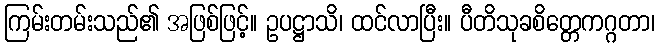
ကြမ်းတမ်းသည်၏ အဖြစ်ဖြင့်။ ဥပဋ္ဌာသိ၊ ထင်လာပြီး။ ပီတိသုခစိတ္တေကဂ္ဂတာ၊